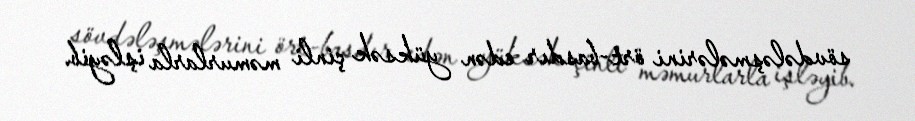
sövdələşmələrini ört-basdır edən yüksək çinli məmurlarla işləyib.